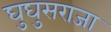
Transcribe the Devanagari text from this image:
घुघुसराजा